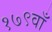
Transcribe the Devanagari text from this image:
१७९वाँ